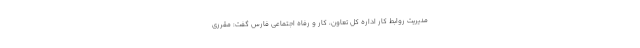
مدیریت روابط کار اداره کل تعاون، کار و رفاه اجتماعی فارس گفت: مقرری